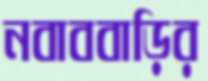
নবাববাড়ির